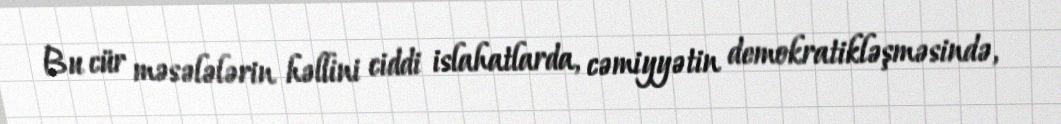
Bu cür məsələlərin həllini ciddi islahatlarda, cəmiyyətin demokratikləşməsində,